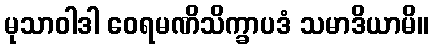
မုသာဝါဒါ ဝေရမဏိသိက္ခာပဒံ သမာဒိယာမိ။